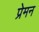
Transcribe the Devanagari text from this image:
प्रेमन